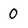
Character: 0